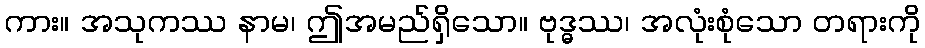
ကား။ အသုကဿ နာမ၊ ဤအမည်ရှိသော။ ဗုဒ္ဓဿ၊ အလုံးစုံသော တရားကို